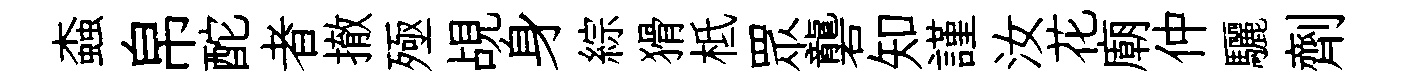
螙帛酡者撤殛覘身綜猾柢眾礱知謹汝花廟仲驪劑